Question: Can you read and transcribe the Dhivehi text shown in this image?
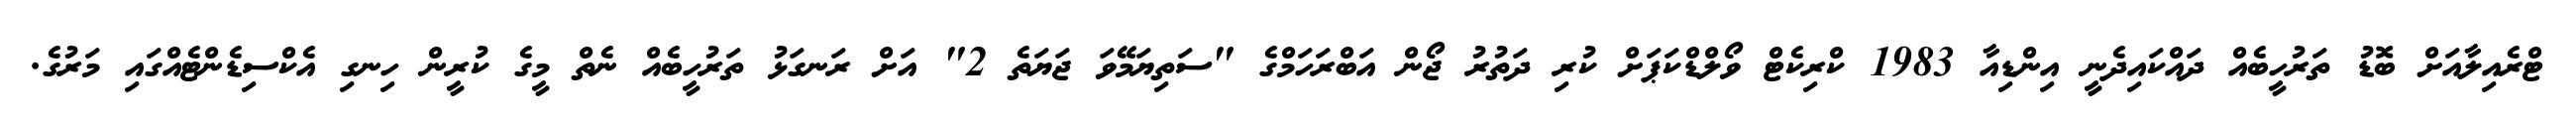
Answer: ޓްރެއިލާއަށް ބޮޑު ތަރުހީބެއް ދައްކައިދެނީ އިންޑިއާ 1983 ކްރިކެޓް ވޯލްޑްކަޕަށް ކުރި ދަތުރު ޖޯން އަބްރަހަމްގެ "ސަތިޔަމޭވަ ޖަޔަތެ 2" އަށް ރަނގަޅު ތަރުހީބެއް ނެތް މީގެ ކުރީން ހިނގި އެކްސިޑެންޓެއްގައި މަރުގެ.